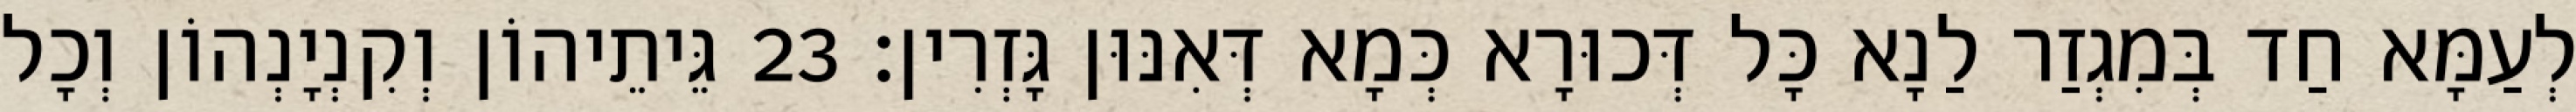
לְעַמָּא חַד בְּמִגְזַר לַנָא כָּל דְּכוּרָא כְּמָא דְּאִנּוּן גָּזְרִין׃ 23 גֵּיתֵיהוֹן וְקִנְיָנְהוֹן וְכָל